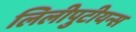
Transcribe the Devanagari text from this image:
लिलीपुटीयन्स